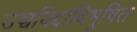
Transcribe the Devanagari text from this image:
उच्चविद्दाविभूषित